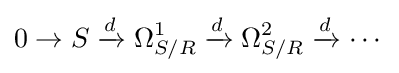
0\to S\xrightarrow {d} \Omega _{S/R}^{1}\xrightarrow {d} \Omega _{S/R}^{2}\xrightarrow {d} \cdots